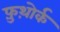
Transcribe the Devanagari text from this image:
फ़ुथ़ोर्क